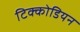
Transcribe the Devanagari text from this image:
टिक्कोडियन